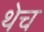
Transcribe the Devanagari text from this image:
थेच